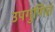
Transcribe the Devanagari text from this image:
उपगुणित